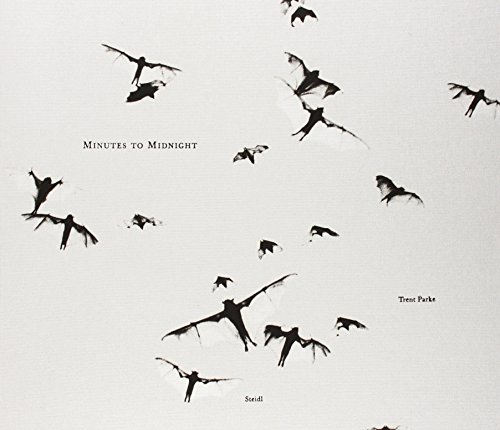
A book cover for Trent Parke: Minutes to Midnight; Arts & Photography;